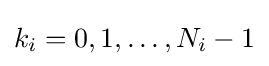
k_{i}=0,1,\ldots ,N_{i}-1